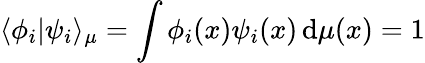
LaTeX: \langle\phi_{i}|\psi_{i}\rangle_{\mu}=\int\phi_{i}(x)\psi_{i}(x)\, \mathrm{d}\mu(x)=1